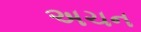
અચન